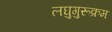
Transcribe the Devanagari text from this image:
लघुगुरूक्रम